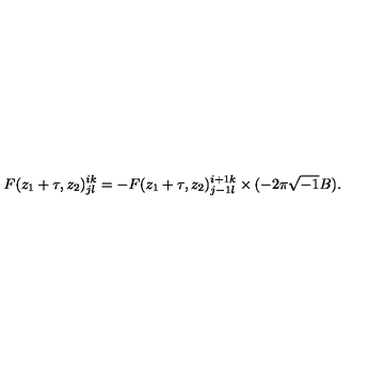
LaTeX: F ( z _ { 1 } + \tau , z _ { 2 } ) _ { j l } ^ { i k } = - F ( z _ { 1 } + \tau , z _ { 2 } ) _ { j - 1 l } ^ { i + 1 k } \times ( - 2 \pi \sqrt { - 1 } B ) .